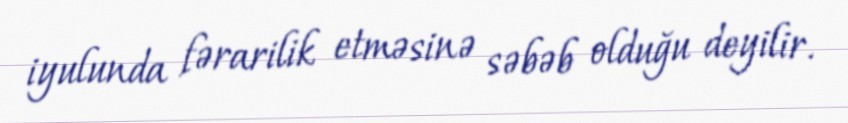
iyulunda fərarilik etməsinə səbəb olduğu deyilir.